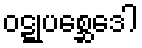
ဝဋ္ဋုပစ္ဆေဒေါ